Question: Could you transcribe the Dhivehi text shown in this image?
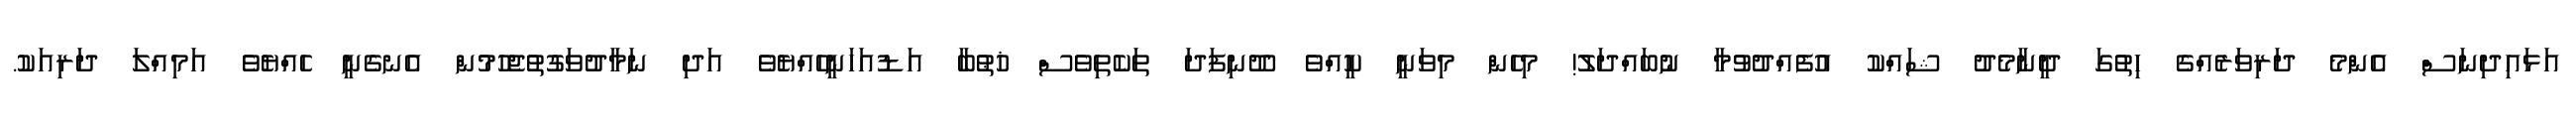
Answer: އަޅައިދިނަސް އެންމެ ދަރިވަރެއްގެ ހިތުގަ ދީނާމެދު ޝައްކު އުފެއްދުވުމާ ނުބައްދަލު! މިހެން މިވަނީ ކީއްވެ ދޫނިފަދަ ތަކެތިވެސް ޚުޠުބާ އަޑުއަހަނީހެއްޔެވެ އަދި ނަމާދުވަގުތުޖެހުމުން އެނގެނީ ހެއްޔެވެ އަމިއްލަ ދަރިއަކު.